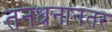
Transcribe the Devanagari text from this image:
तनधनानंतर